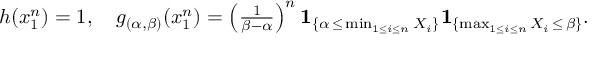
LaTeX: \begin{array} { r } { h ( x _ { 1 } ^ { n } ) = 1 , \quad g _ { ( \alpha , \beta ) } ( x _ { 1 } ^ { n } ) = \left( { \frac { 1 } { \beta - \alpha } } \right) ^ { n } \mathbf { 1 } _ { \{ \alpha \, \leq \, \operatorname* { m i n } _ { 1 \leq i \leq n } X _ { i } \} } \mathbf { 1 } _ { \{ \operatorname* { m a x } _ { 1 \leq i \leq n } X _ { i } \, \leq \, \beta \} } . } \end{array}